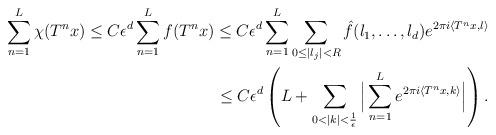
LaTeX: \begin{align*}\sum_{n=1}^{L}\chi(T^nx)\leq C\epsilon^{d}\sum_{n=1}^{L}f(T^nx)\leq C\epsilon^{d}\sum_{n=1}^{L}\sum_{0\leq|l_j|<R}\hat{f}(l_1,\ldots,l_d)e^{2\pi i\langle T^nx,l\rangle}\\\leq C\epsilon^{d}\left(L+\sum_{0<\lvert k\mid<\frac{1}{\epsilon}}\Big\lvert\sum_{n=1}^{L}e^{2\pi i\langle T^nx,k\rangle}\Big\lvert\right).\end{align*}